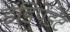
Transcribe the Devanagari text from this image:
इंडिपेंडेट